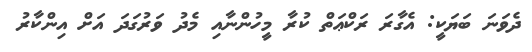
ދެވަނަ ބަޔަކީ: އެގާރަ ރަކްޢަތް ކުރާ މީހުންނާއި މެދު ވަރުގަދަ އަށް އިންކާރު